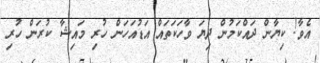
އެވާ! ކިޔާން ދައްކަމުން ދިޔަ ވާހަކަތައް އަޑުއަހަން ހުރި މައިޝާ ކުރަން ހުރި